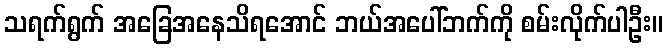
သရက်ရွက် အခြေအနေသိရအောင် ဘယ်အပေါ်ဘက်ကို စမ်းလိုက်ပါဦး။